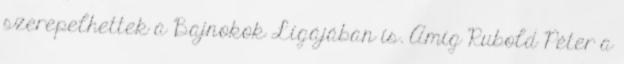
szerepelhettek a Bajnokok Ligájában is. Amíg Rubold Péter a